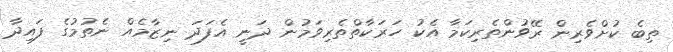
ތިބެ ކުށްވެރިން ރޭވުންތެރިކަމާ އެކު ހަރަކާތްތެރިވަމުން ދަނީ އެފަދަ ނިޒާމެއް ނެތުމުގެ ފައިދާ